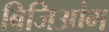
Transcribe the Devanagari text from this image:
बिजिआंग